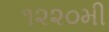
૧૨૨૦મી